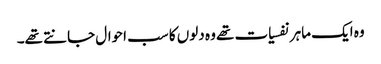
وہ ایک ماہر نفسیات تھے وہ دلوں کا سب احوال جانتے تھے۔